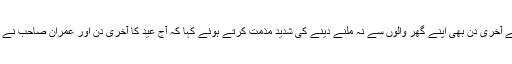
مریم اورنگزیب ترجمان مسلم لیگ ن کا نوازشریف کو عید کے آخری دن بھی اپنے گھر والوں سے نہ ملنے دینے کی شدید مذمت کرتے ہوئے کہا کہ آج عید کا آخری دن اور عمران صاحب نے نواز شریف صاحب کو اُن کی والدہ اور بیٹی سے نہ ملنے دیا۔